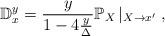
LaTeX: \begin{align*}\mathbb D_{x}^{y}=\frac y{1-4{y\over\Delta}}\mathbb P_{X}\left|_{X\rightarrow x'}\right.,\end{align*}